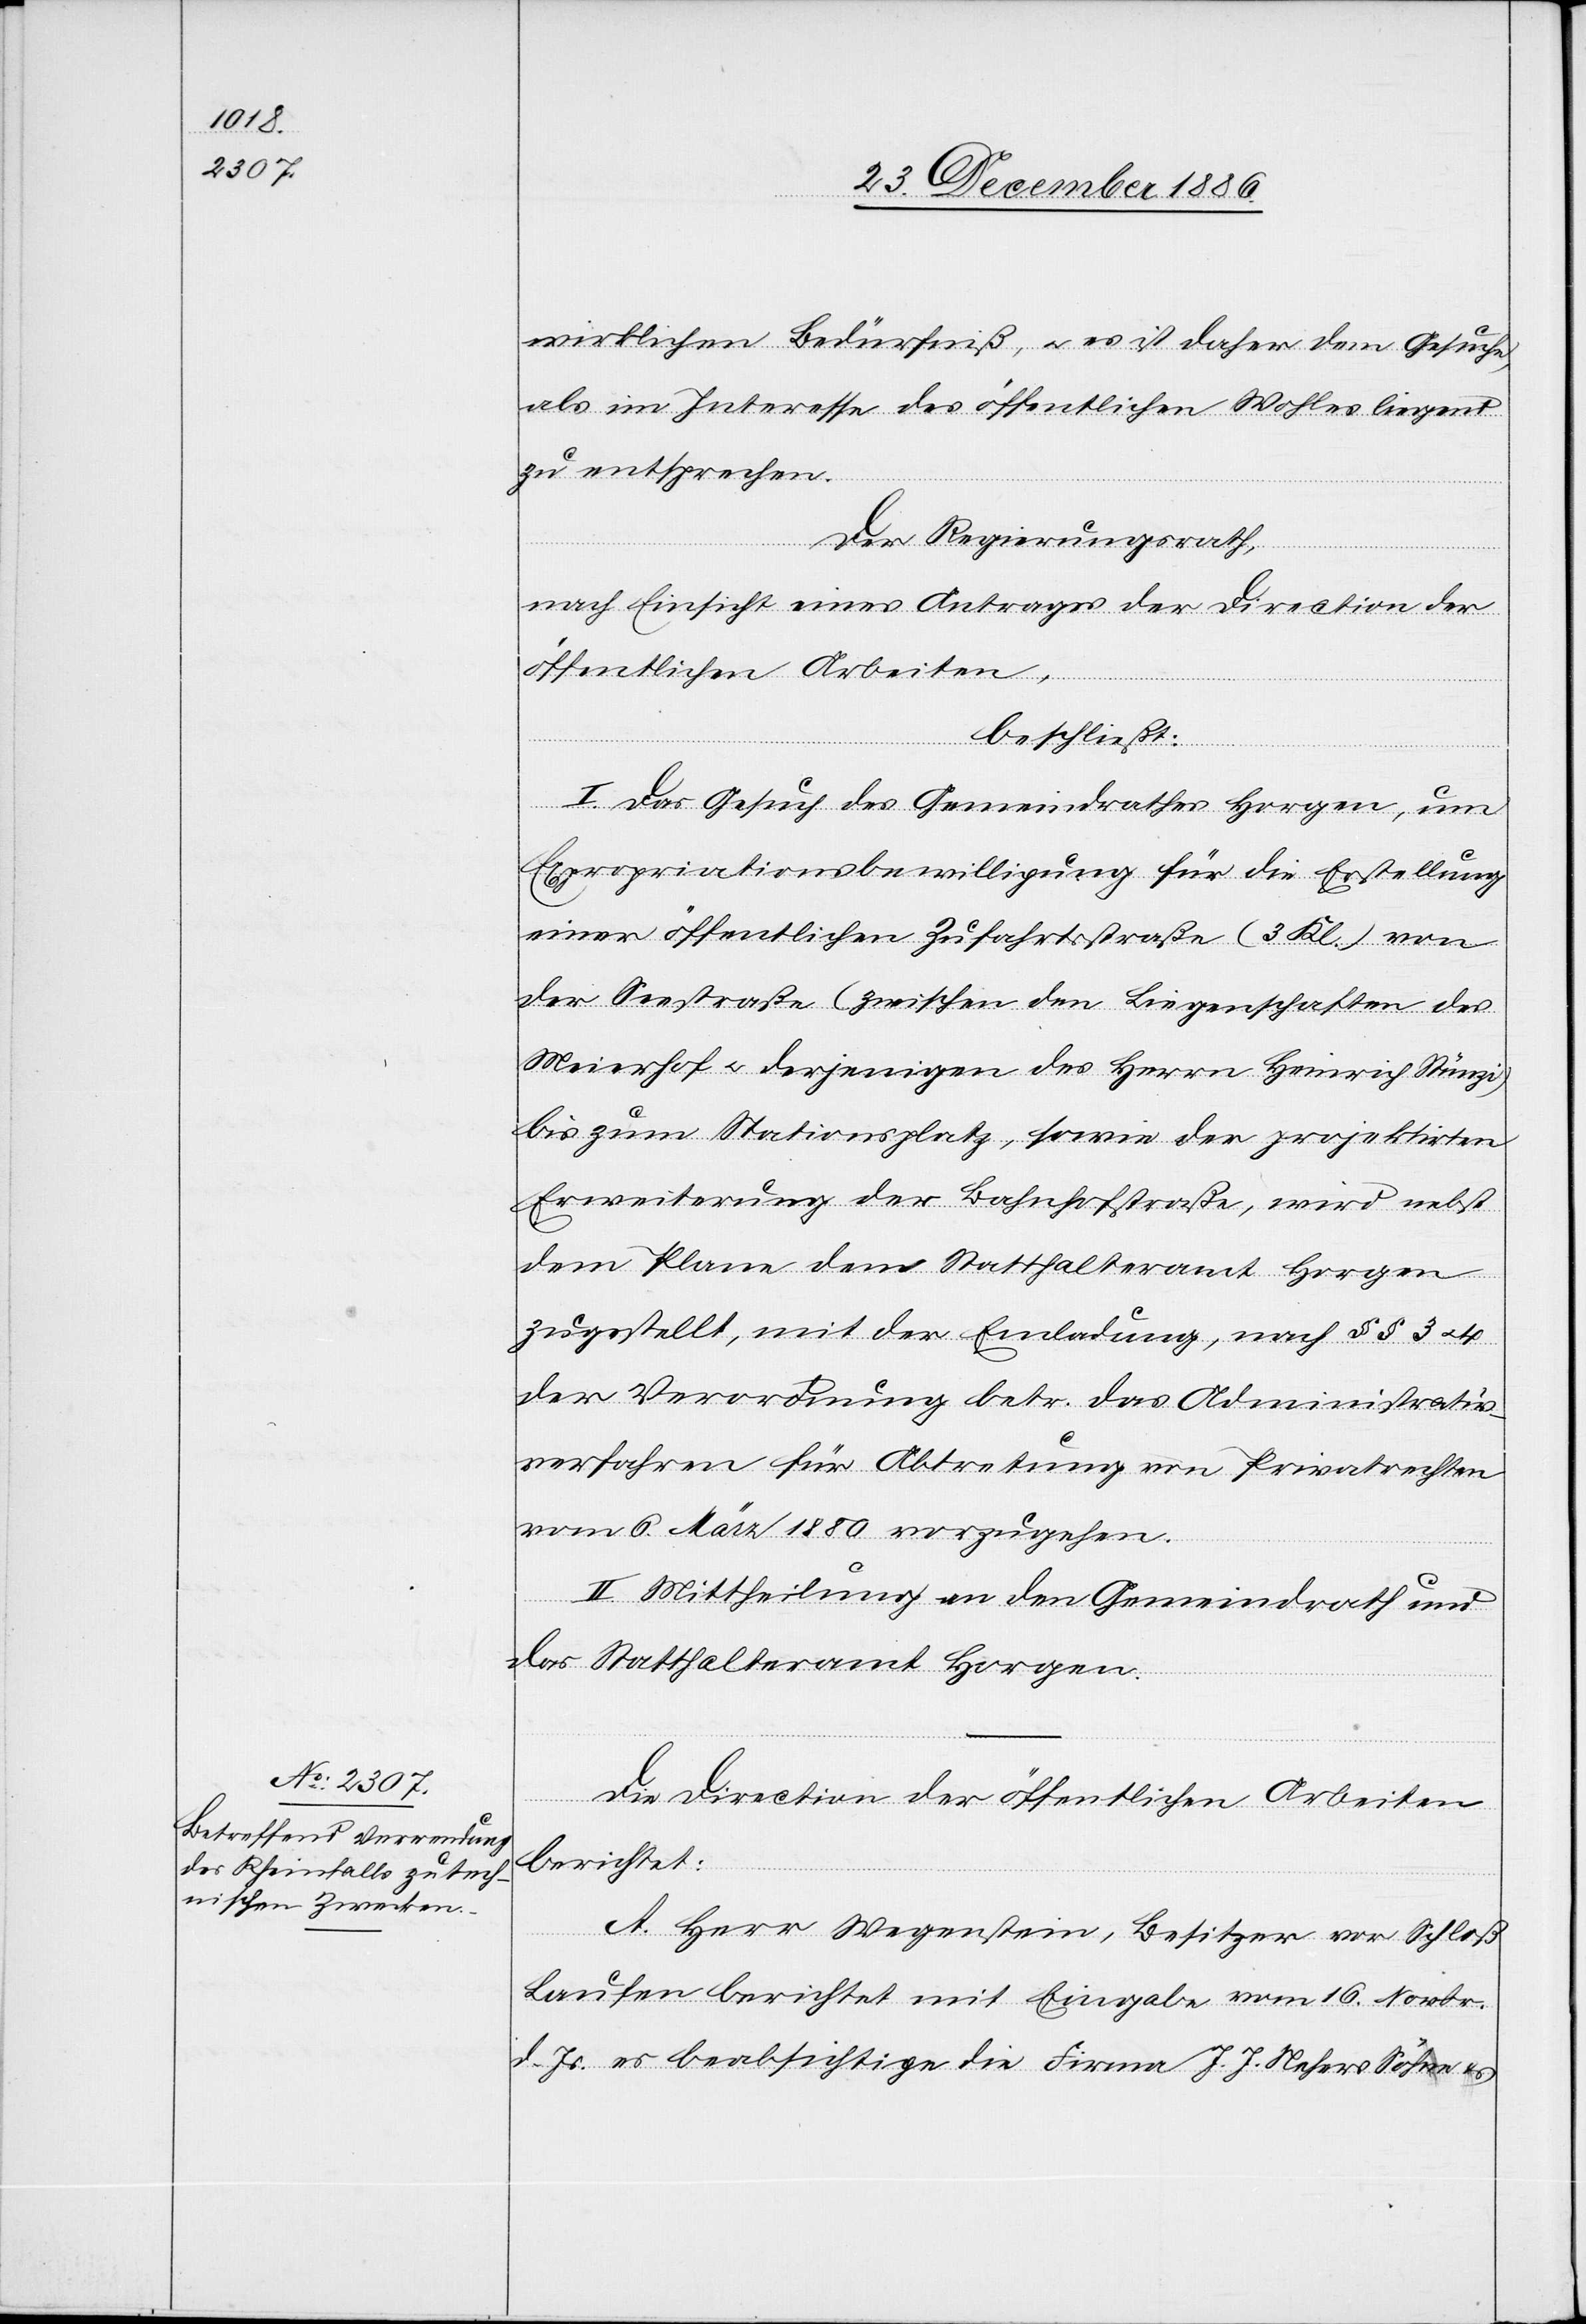
wirklichen Bedürfniß, & es ist daher dem Gesuche,
als im Interesse des öffentlichen Wohles liegend
zu entsprechen.
Der Regierungsrath,
nach Einsicht eines Antrages der Direction der
öffentlichen Arbeiten,
beschließt:
I. Das Gesuch des Gemeindrathes Horgen, um
Expropriationsbewilligung für die Erstellung
einer öffentlichen Zufahrtsstraße (3 Kl.) von
der Seestraße (zwischen den Liegenschaften des
Meierhof & derjenigen des Herrn Heinrich Stünzi)
bis zum Stationsplatz, sowie der projektirten
Erweiterung der Bahnhofstraße, wird nebst
dem Plane dem Statthalteramt Horgen
zugestellt, mit der Einladung, nach §§ 3 & 4
der Verordnung betr. das Administrativ¬
verfahren für Abtretung von Privatrechten
vom 6. März 1880 vorzugehen.
II. Mittheilung an den Gemeindrath und
das Statthalteramt Horgen.